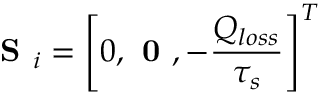
\textbf { S } _ { i } = \left[ 0 , \textbf { 0 } , - \frac { Q _ { l o s s } } { \tau _ { s } } \right] ^ { T }